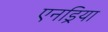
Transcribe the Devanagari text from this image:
एनड्रिया